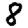
Digit: 8